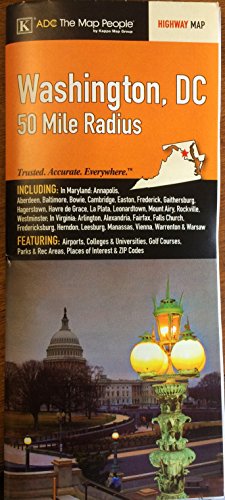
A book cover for Washington, DC 50-Mile Radius Wall Map; ADC the Map People; Travel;